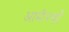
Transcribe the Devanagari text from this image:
आमीरखाँ